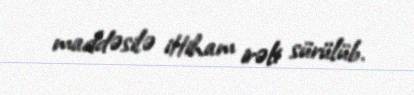
maddəsilə ittiham irəli sürülüb.